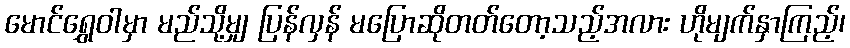
မောင်ရွှေဝါမှာ မည်သို့မျှ ပြန်လှန် မပြောဆိုတတ်တော့သည့်အလား ဟိုမျက်နှာကြည့်၊